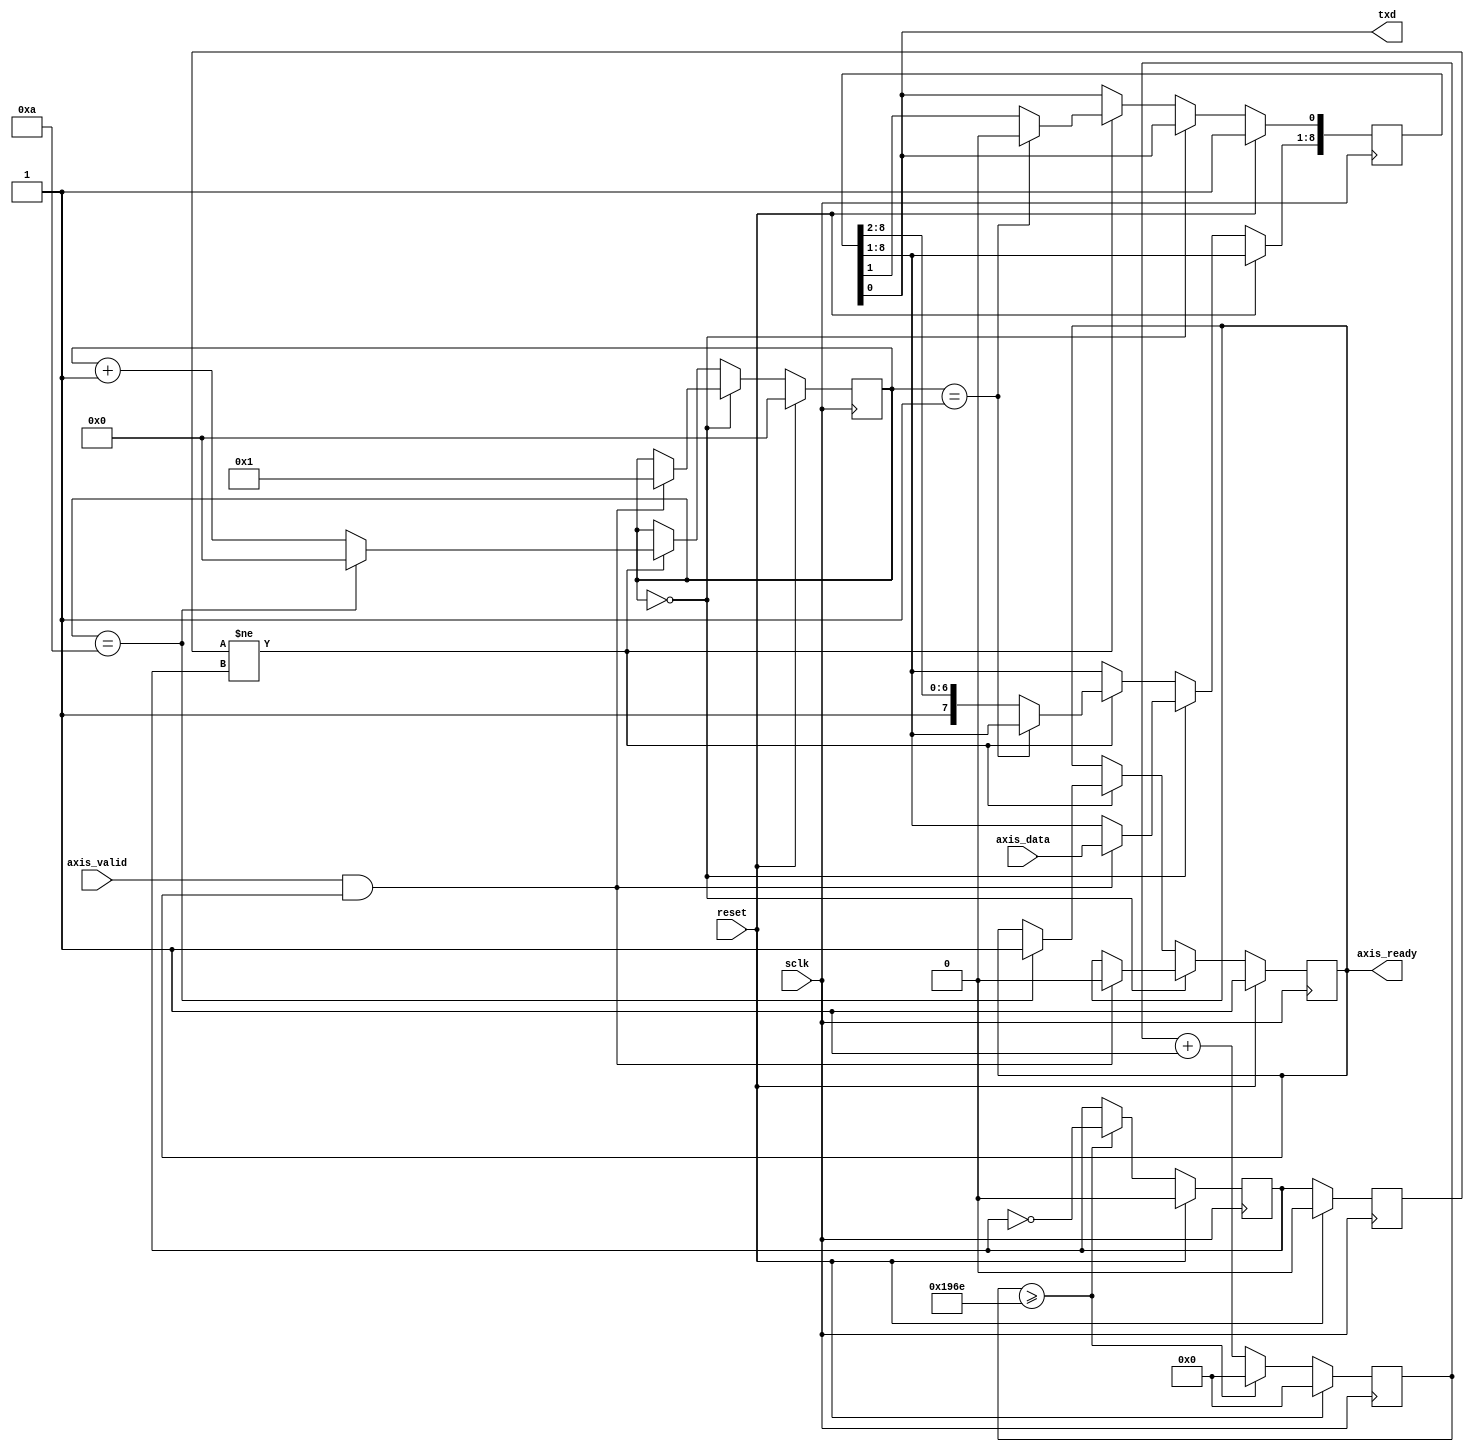
//
// Copyright (c) 2016-2020 Fairwaves, Inc.
// SPDX-License-Identifier: CERN-OHL-W-2.0
//

module uart_tx #(
    parameter BITS_DATA = 8,
    parameter UART_SPEED = 9600,
    parameter BUS_SPEED = 62500000
)(
    input reset,
    input sclk,

    output txd,
    
    input [BITS_DATA-1:0] axis_data,
    input                 axis_valid,
    output                axis_ready
);


// 0             - start
// 1..BITS_DATA  - data
// BITS_DATA + 1 - stop

reg [3:0]            state;
reg [BITS_DATA:0]    data_reg;
reg [15:0]           clk_counter;
reg                  ready;

assign axis_ready = ready;

reg                  clk_div;
reg                  clk_div_prev;

assign txd = data_reg[0];

always @(posedge sclk) begin
  if (reset) begin
    clk_counter  <= 0;
    clk_div      <= 0;
    clk_div_prev <= 0;
  end else begin
    if (clk_counter >= (((2*BUS_SPEED + UART_SPEED) / UART_SPEED) / 2)) begin
     clk_counter <= 0;
     clk_div     <= ~clk_div;
    end else begin
     clk_counter <= clk_counter + 1;
    end
    
    clk_div_prev <= clk_div;
  end
end

wire div_clk_edge = (clk_div_prev != clk_div);


always @(posedge sclk) begin
  if (reset) begin
    state       <= 0;
    data_reg[0] <= 1;
    ready       <= 1;
  end else begin
    case (state)    
    0: begin
      if (axis_valid && axis_ready) begin
        data_reg[BITS_DATA:1] <= axis_data;
        state                 <= 1;
        ready                 <= 1'b0;
      end
    end
    
    default: begin
      if (div_clk_edge) begin
        if (state == 1) begin
          data_reg[0]           <= 1'b0; //Start bit
        end else begin
          data_reg[BITS_DATA:0] <= {1'b1, data_reg[BITS_DATA:1]};  // Data bits + stop bit
        end
        
        if (state == BITS_DATA + 2) begin
          state       <= 1'b0;
          ready       <= 1'b1;
        end else begin
          state       <= state + 1;
        end
      end
    end
    endcase
  end
end


endmodule